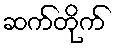
ဆက်တိုက်